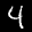
Label: 4